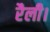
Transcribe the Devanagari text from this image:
रैली।